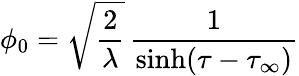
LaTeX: \phi_{0}=\sqrt{\frac{2}{\lambda}}\, {\frac{1}{\sinh(\tau-\tau_{\infty})}}